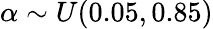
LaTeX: \alpha\sim U(0.05,0.85)